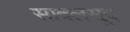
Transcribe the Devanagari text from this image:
सादलसूद